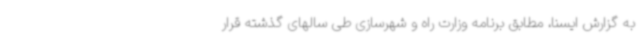
به گزارش ایسنا، مطابق برنامه وزارت راه و شهرسازی طی سالهای گذشته قرار